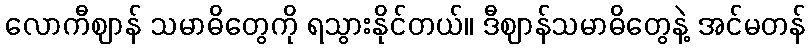
လောကီဈာန် သမာဓိတွေကို ရသွားနိုင်တယ်။ ဒီဈာန်သမာဓိတွေနဲ့ အင်မတန်